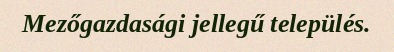
Mezőgazdasági jellegű település.